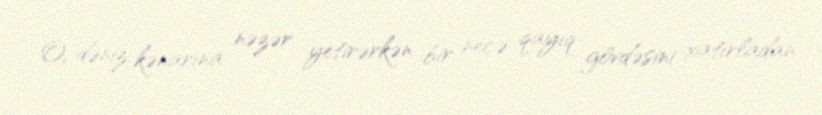
O, dəniz kənarına nəzər yetirərkən bir neçə qayıq gövdəsini xatırladan